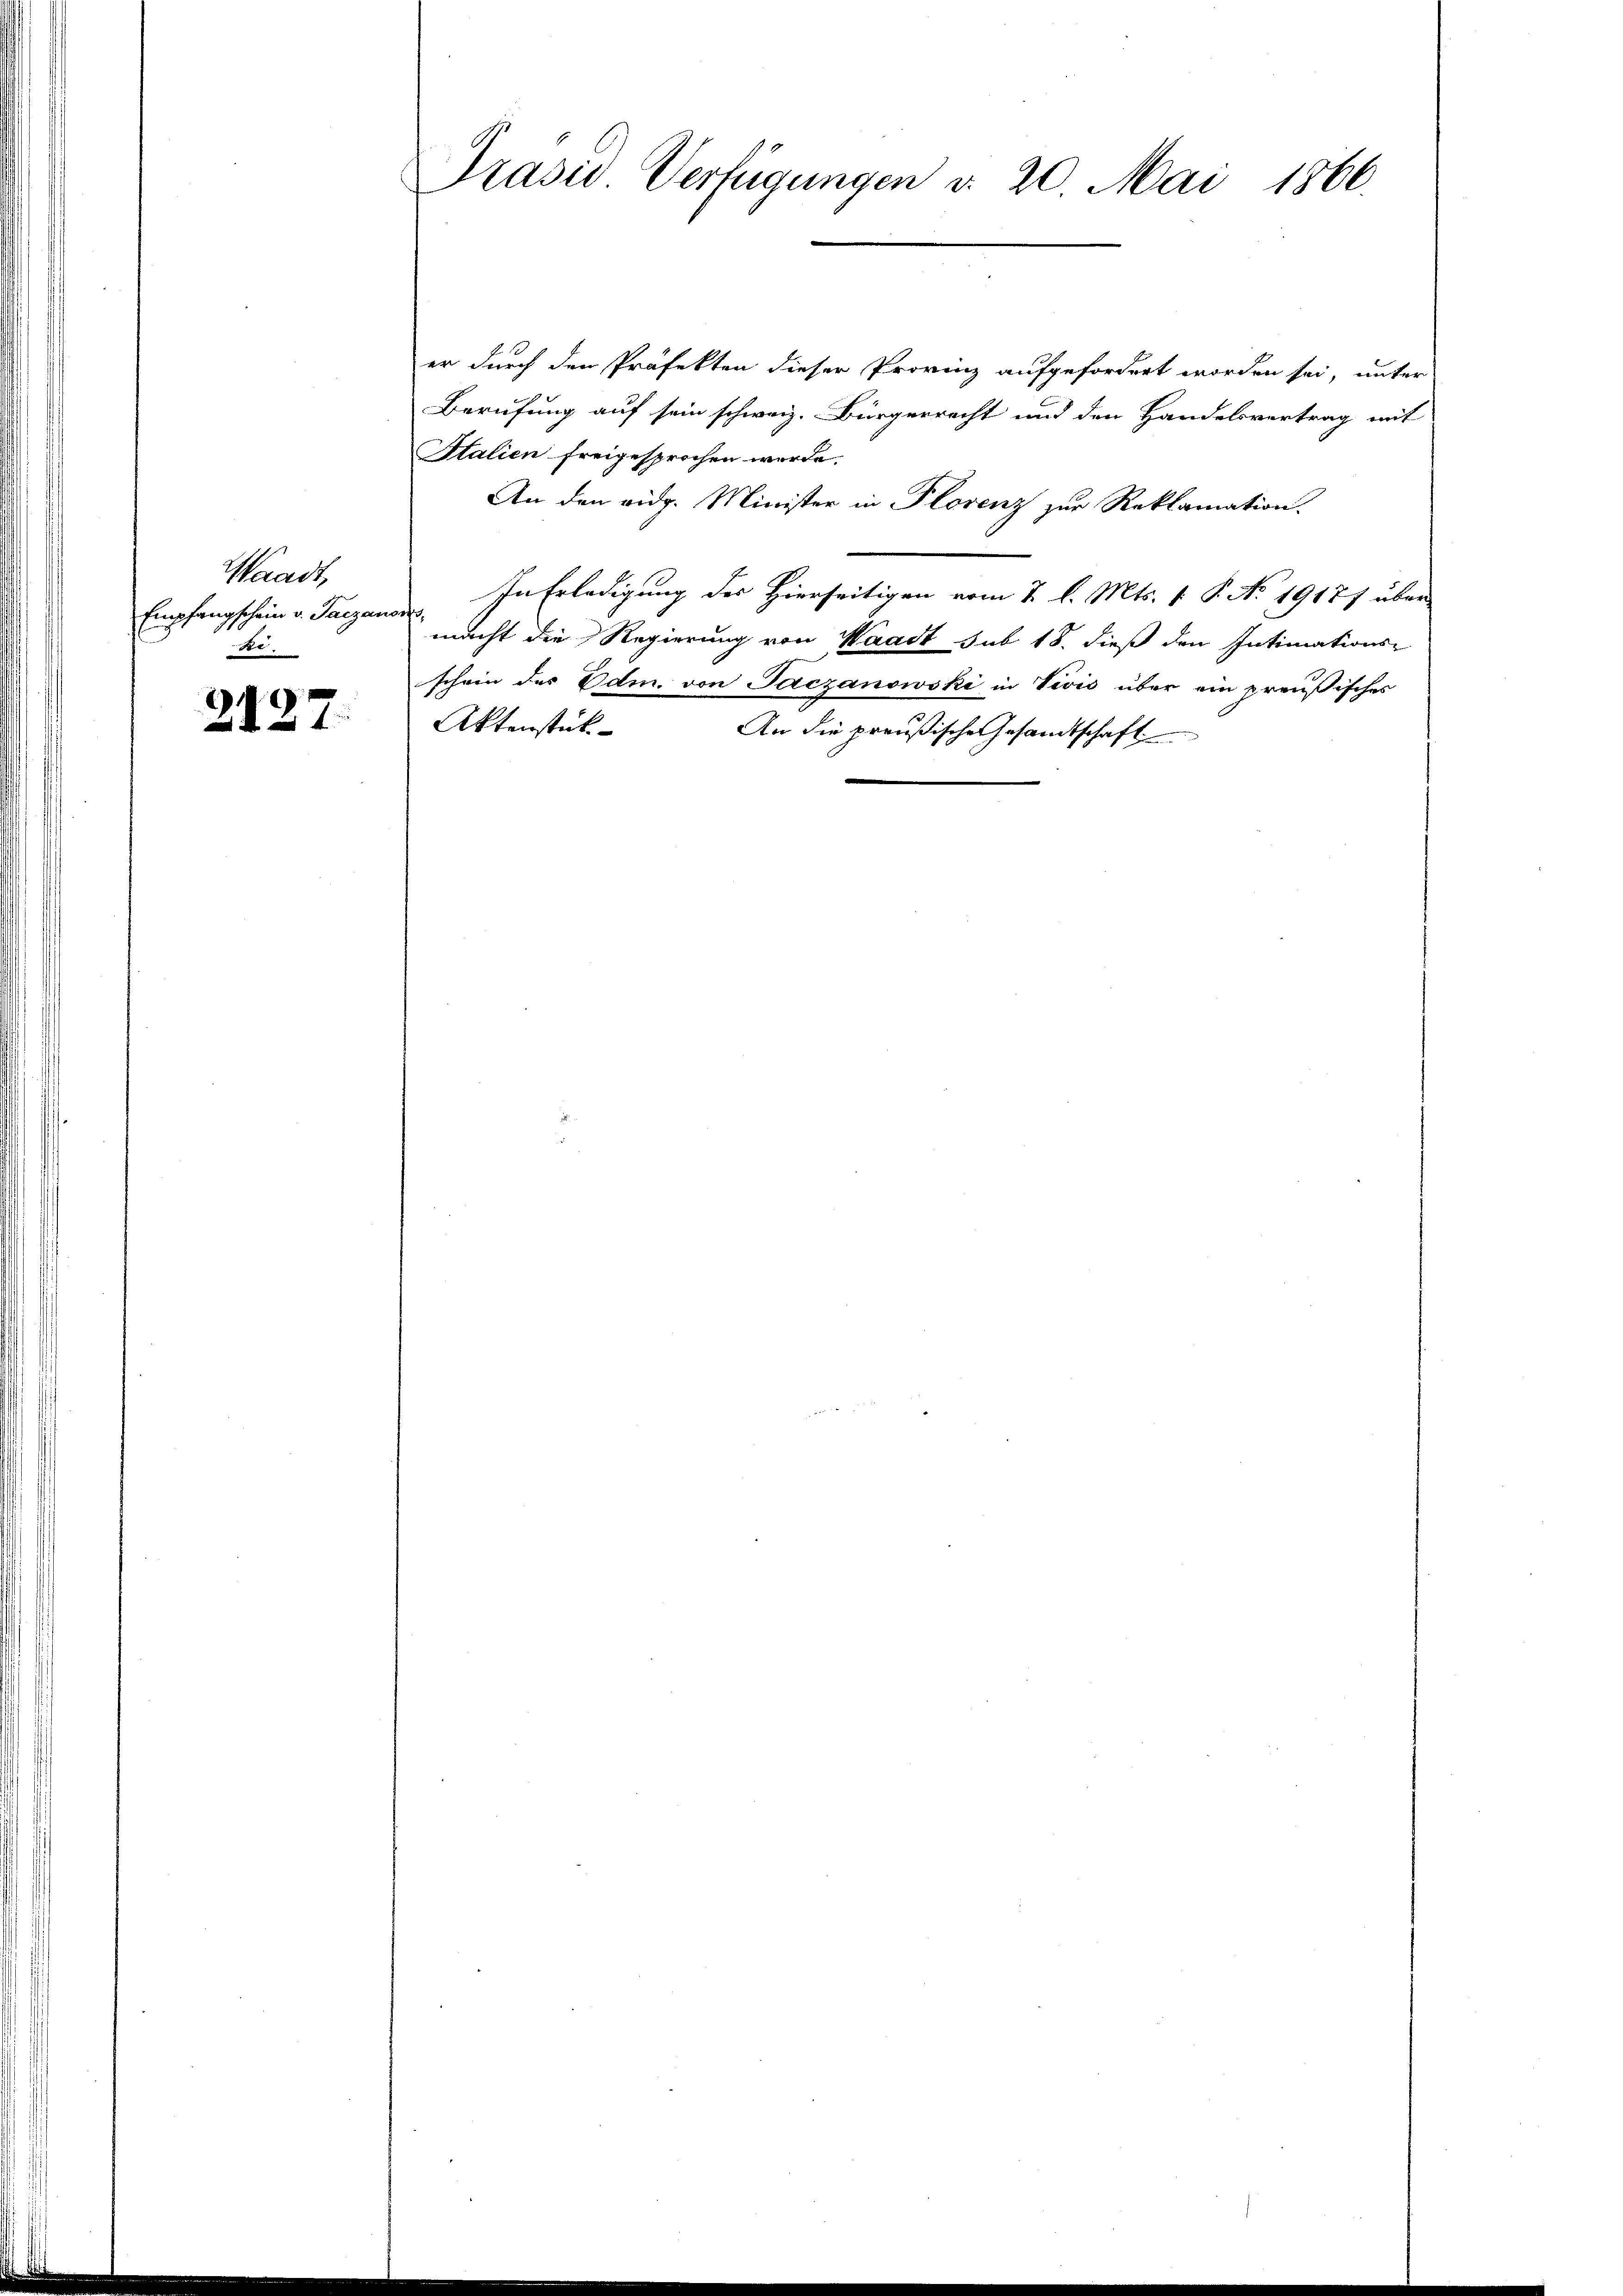
Waadt,
Be

2127.

Präsid Verfügungen v. 20. Mai 1866.

er durch den Präfekten dieser Provinz aufgefordert worden sei, unter
Berufung auf sein schweiz. Bürgerrecht und den Handelsvertrag mit
Italien freigesprochen werde.
An den eidg. Minister in Plorenz zur Reklamation.
Empfangschein v. Tarzane. In Erledigung der Hierseitigen vom 2. l. Mts. 1 S. No 1917/ über
macht die Regierung von Waadt sub 18. dieß den Intimations-
schein des Edm. von Paczanowski in Vivis über ein preußisches
Aktenstück
An die preußische Gesandtschaft